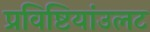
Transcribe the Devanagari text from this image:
प्रविष्टियांउलट